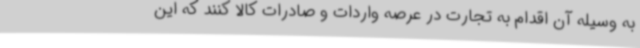
به وسیله آن اقدام به تجارت در عرصه واردات و صادرات کالا کنند که این